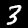
Digit: 3